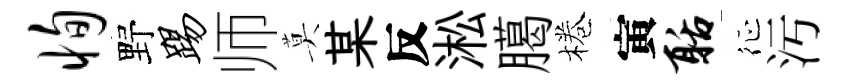
恂野踢师莫某反淞臈棬寅聒征汚